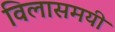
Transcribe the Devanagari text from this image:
विलासमयी